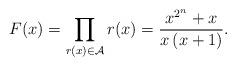
LaTeX: \begin{align*}F(x)= \prod_{r(x) \in \mathcal{A}} r(x) = \frac{x^{2^n}+x}{x \, (x+1)}. \end{align*}